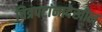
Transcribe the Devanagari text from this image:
चित्रपटांनादेखील